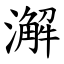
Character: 澥